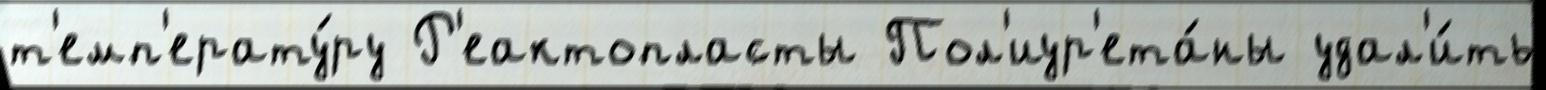
т'емп'ерату́ру Р'еактопласты Пол'иур'ета́ны удал'и́ть